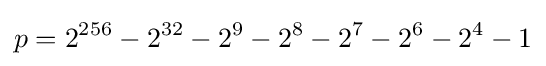
p=2^{256}-2^{32}-2^{9}-2^{8}-2^{7}-2^{6}-2^{4}-1